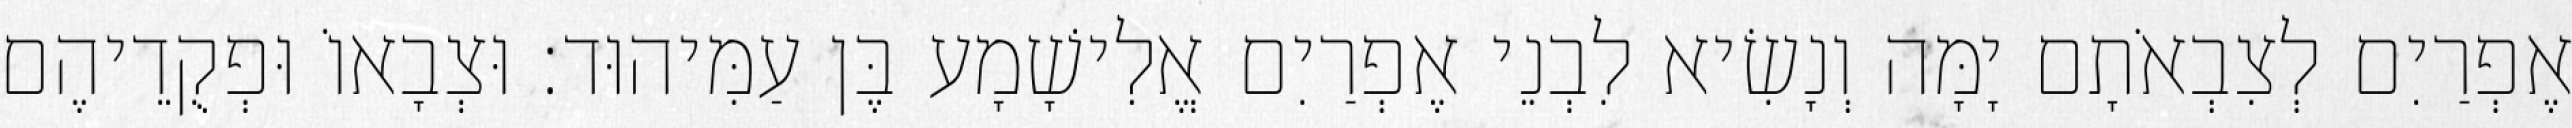
אֶפְרַיִם לְצִבְאֹתָם יָמָּה וְנָשִׂיא לִבְנֵי אֶפְרַיִם אֱלִישָׁמָע בֶּן עַמִּיהוּד׃ וּצְבָאוֹ וּפְקֻדֵיהֶם